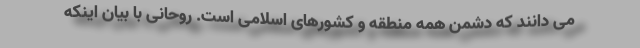
می دانند که دشمن همه منطقه و کشورهای اسلامی است. روحانی با بیان اینکه